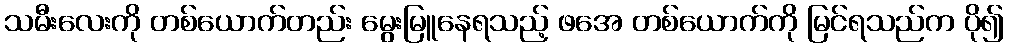
သမီးလေးကို တစ်ယောက်တည်း မွေးမြူနေရသည့် ဖအေ တစ်ယောက်ကို မြင်ရသည်က ပို၍